Civil Veterinary Dept. Assam report 1927-50 - 1927-1950
Year: 1927
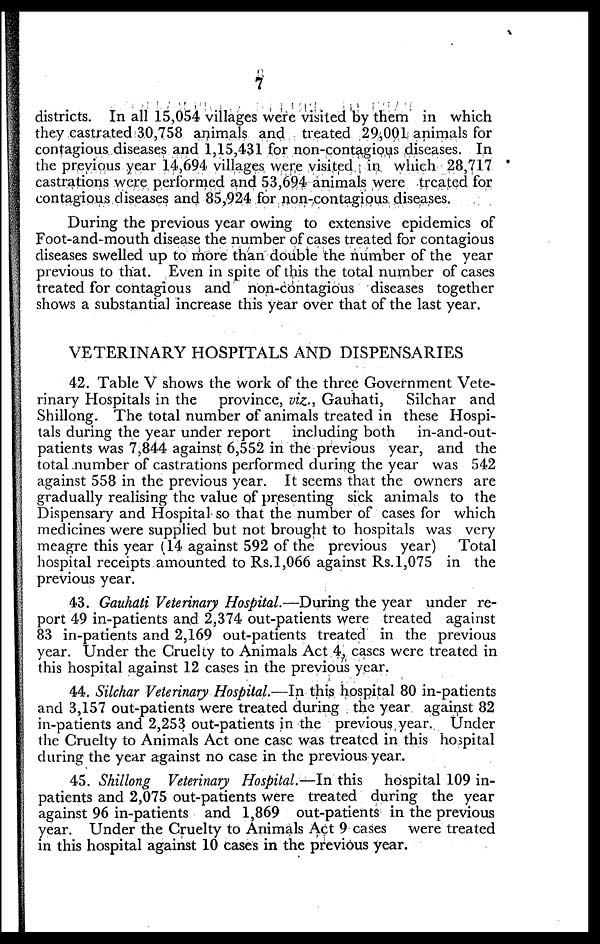
7
districts. In all 15,054 villages were visited by them in which
they castrated 30,758 animals and treated 29,001 animals for
contagious diseases and 1,15,431 for non-contagious diseases. In
the previous year 14,694 villages were visited in which 28,717
castrations were performed and 53,694 animals were treated for
contagious diseases and 85,924 for non-contagious diseases.
During the previous year owing to extensive epidemics of
Foot-and-mouth disease the number of cases treated for contagious
diseases swelled up to more than double the number of the year
previous to that. Even in spite of this the total number of cases
treated for contagious and non-contagious diseases together
shows a substantial increase this year over that of the last year.
VETERINARY HOSPITALS AND DISPENSARIES
42. Table V shows the. work of the three Government Vete-
rinary Hospitals in the province, viz., Gauhati,
Silchar and
Shillong. The total number of animals treated in these Hospi-
tals during the year under report
including both
in-and-out-
patients was 7,844 against 6,552 in the previous year, and the
total number of castrations performed during the year was 542
against 558 in the previous year. It seems that the owners are
gradually realising the value of presenting sick animals to the
Dispensary and Hospital so that the number of cases for which
medicines were supplied but not brought to hospitals was very
meagre this year (14 against 592 of the previous year)
Total
hospital receipts amounted to Rs. 1,066 against Rs. 1,075 in the
previous year.
43. Gauhati Veterinary Hospital.—During the year under re-
port 49 in-patients and 2,374 out-patients were treated against
83 in-patients and 2,169 out-patients treated in the previous
year. Under the Cruelty to Animals Act 4, cases were treated in
this hospital against 12 cases in the previous year.
44. Silchar Veterinary Hospital.—In this hospital 80 in-patients
and 3,157 out-patients were treated during the year against 82
in-patients and 2,253 out-patients in the previous year. Under
the Cruelty to Animals Act one case was treated in this hospital
during the year against no case in the previous year.
45. Shillong Veterinary Hospital.—In this hospital 109 in-
patients and 2,075 out-patients were treated during the year
against 96 in-patients and 1,869 out-patients in the previous
year. Under the Cruelty to Animals Act 9 cases were treated
in this hospital against 10 cases in the previous year.